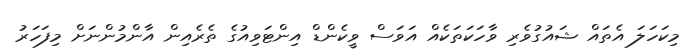
މިކަހަލަ އެތައް ޝައުގުވެރި ވާހަކަތަކެއް އަވަސް ވީކެންޑް އިންޓަވިއުގެ ތެރެއިން އާންމުންނަށް މިފަހަރު